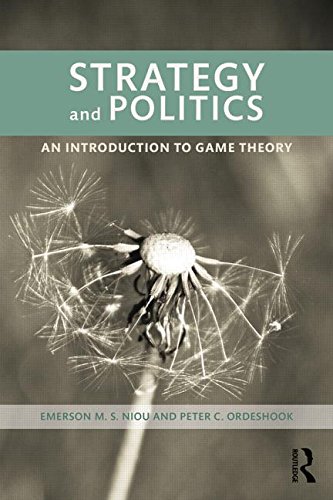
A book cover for Strategy and Politics: An Introduction to Game Theory; Emerson Niou; Science & Math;